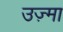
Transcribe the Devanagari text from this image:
उज़्मा